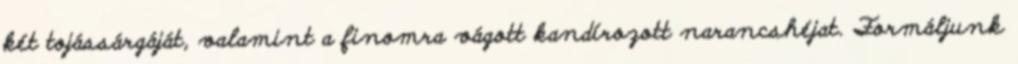
két tojássárgáját, valamint a finomra vágott kandírozott narancshéjat. Formáljunk